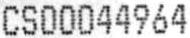
CS00044964